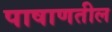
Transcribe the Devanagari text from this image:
पाषाणतील